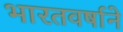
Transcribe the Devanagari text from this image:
भारतवर्षाने